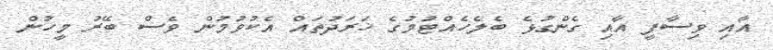
އާއި ވިސާފީ އާއި ގެންގުޅެ ބެލެހެއްޓުމުގެ ޚަރަދުތައް އެކުވުމުން ވެސް ބޭރު މީހުން